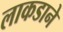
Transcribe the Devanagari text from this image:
लाकडाने